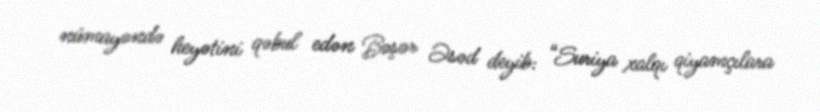
nümayəndə heyətini qəbul edən Bəşər Əsəd deyib: “Suriya xalqı qiyamçılara